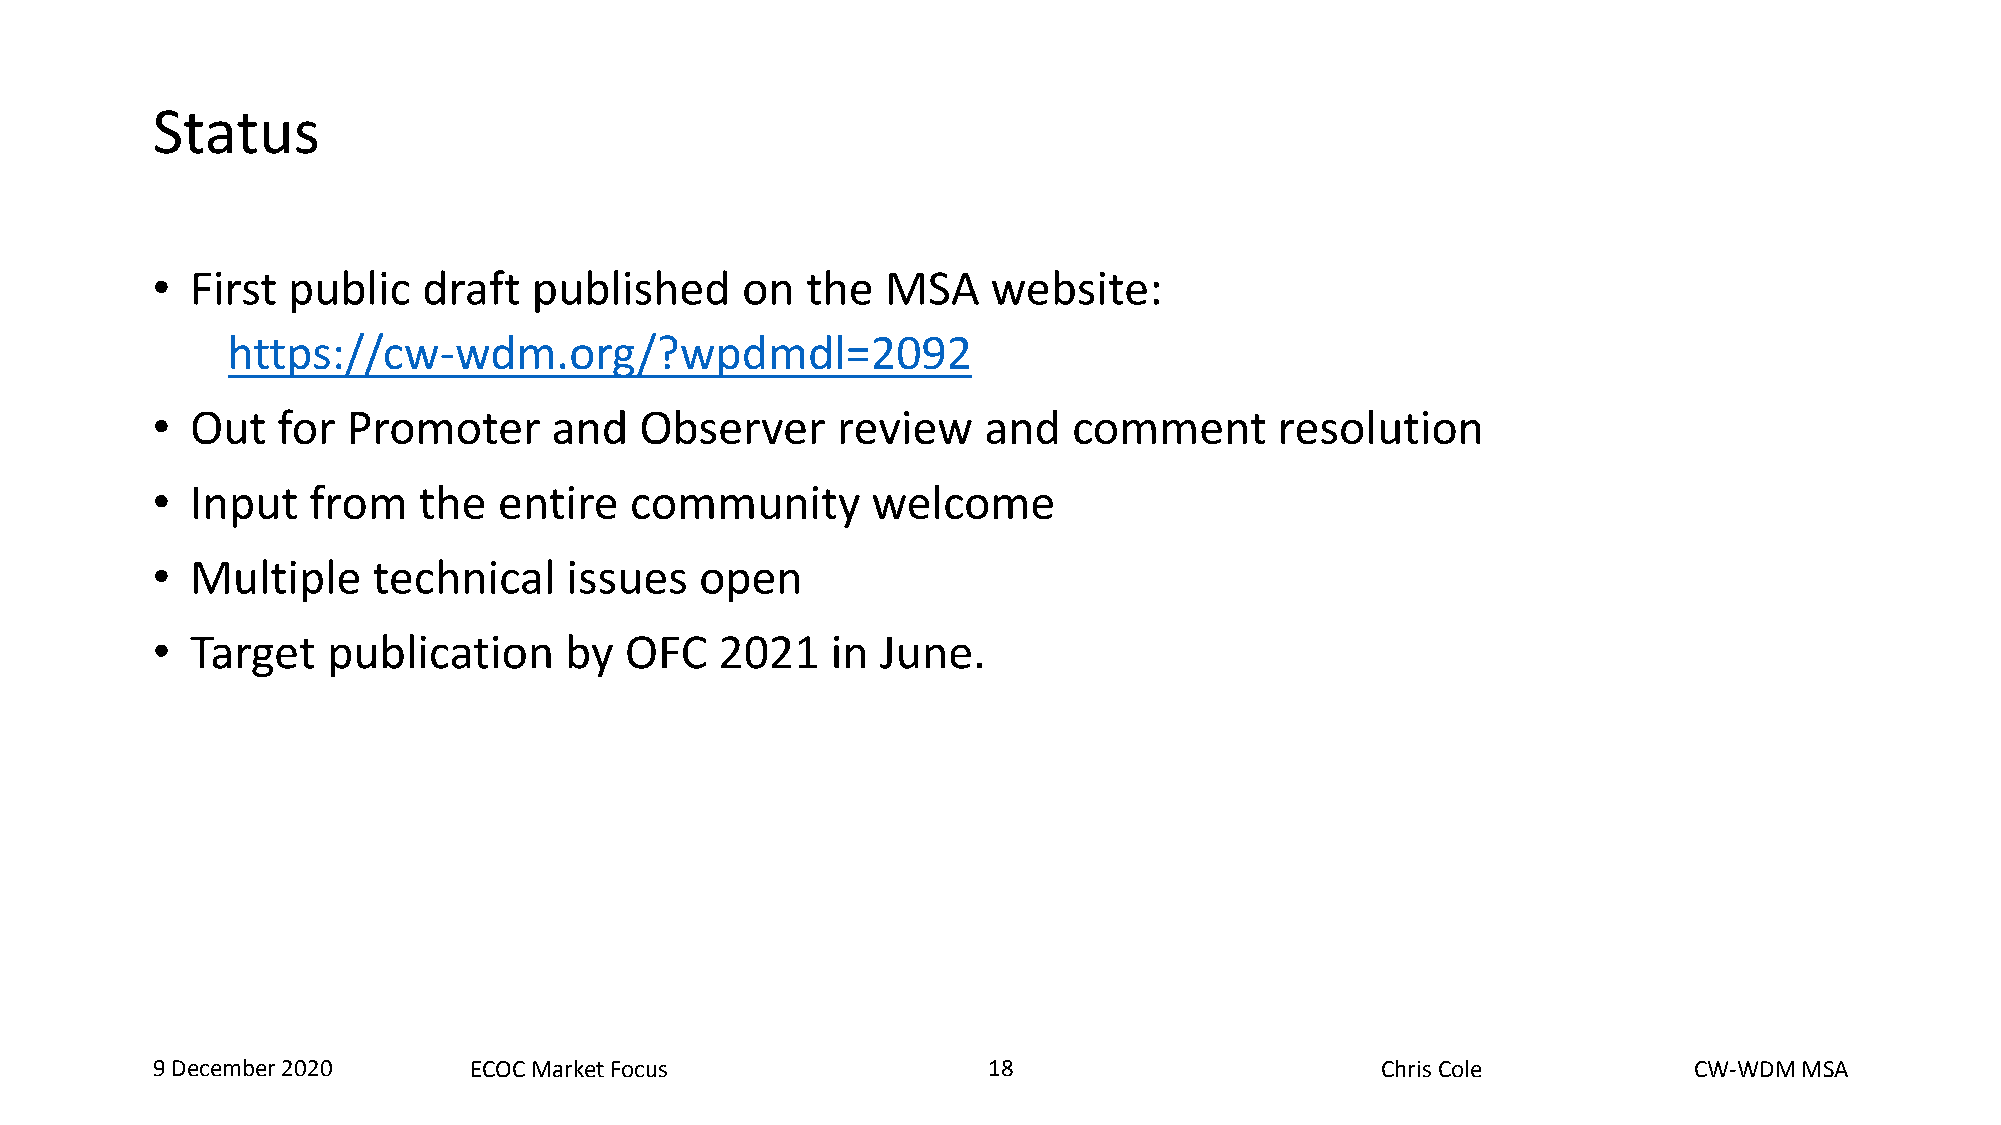
Status
 •  First public   draft  published     on  the   MSA    website:
 https://cw-wdm.org/?wpdmdl=2092
 •  Out  for  Promoter      and  Observer     review    and   comment       resolution
 •  Input  from    the  entire   community       welcome
 •  Multiple    technical   issues   open
 •  Target   publication    by  OFC    2021   in June.
 9 December 2020      ECOC Market Focus                 18  18                    Chris Cole           CW-WDM MSA